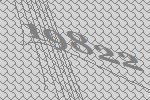
19822